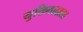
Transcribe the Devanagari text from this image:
युक्तिवादाला